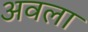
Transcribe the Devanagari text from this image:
अवला